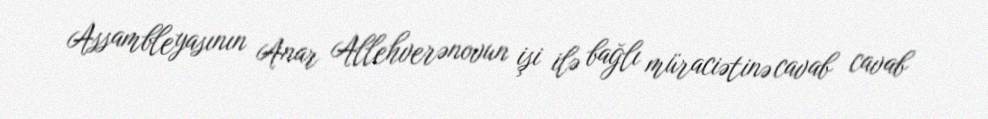
Assambleyasının Anar Allehverənovun işi ilə bağlı müraciətinə cavab cavab